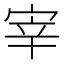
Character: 宰